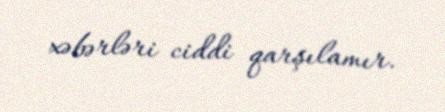
xəbərləri ciddi qarşılamır.